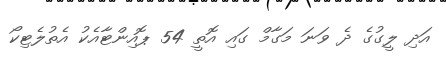
އަދި ލީގުގެ ދެ ވަނަ މަގާމް ގައި އޮތީ 54 ޕޮއިންޓާއެކު އެތުލެޓިކޯ